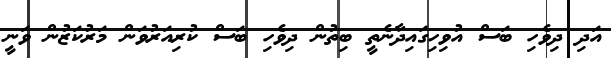
އަދި ދިވެހި ބަސް އުވިހިގައިދާނެތީ ބިތުން ދިވެހި ބަސް ކުރިއަރުވަން މަރުކަޒުން ވަނީ